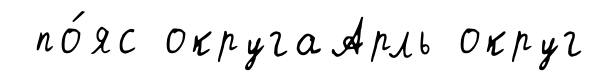
по́яс округаАрль округ